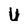
Character: U